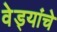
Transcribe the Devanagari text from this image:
वेड्यांचे